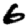
Digit: 6